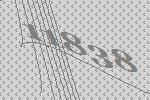
11838